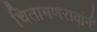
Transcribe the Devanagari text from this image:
चितामणरावांनी